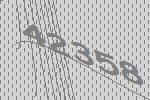
42358